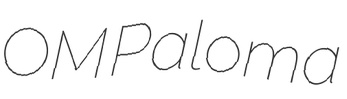
OM Paloma